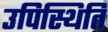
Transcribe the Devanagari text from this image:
उपिस्थिति